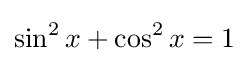
\sin ^{2}x+\cos ^{2}x=1